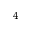
_ 4